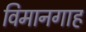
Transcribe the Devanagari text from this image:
विमानगाह